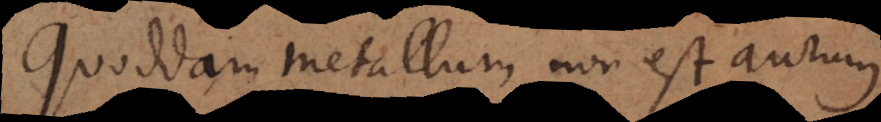
Quoddam metallum non est aurum